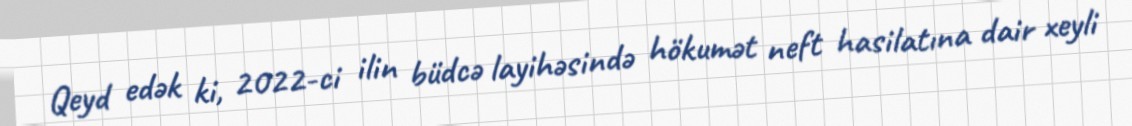
Qeyd edək ki, 2022-ci ilin büdcə layihəsində hökumət neft hasilatına dair xeyli